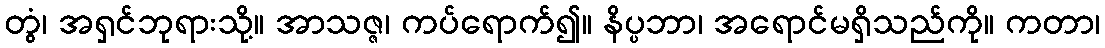
တွံ၊ အရှင်ဘုရားသို့။ အာသဇ္ဇ၊ ကပ်ရောက်၍။ နိပ္ပဘာ၊ အရောင်မရှိသည်ကို။ ကတာ၊